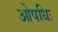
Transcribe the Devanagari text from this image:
ओषधिः